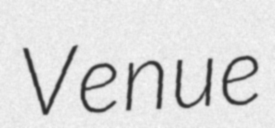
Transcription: Venue